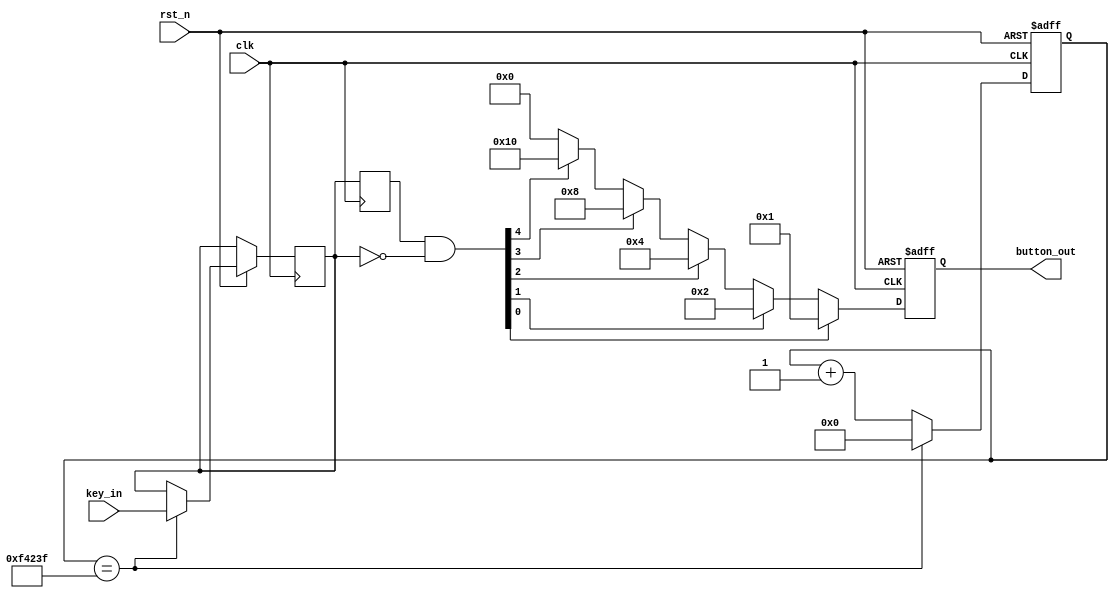
`timescale 1ns / 1ps
//////////////////////////////////////////////////////////////////////////////////
// Company: 
// Engineer: 
// 
// Design Name: 
// Module Name: debouncer
// Project Name: 
// Target Devices: 
// Tool Versions: 
// Description: 
// 
// Dependencies: 
// 
// Revision:
// Revision 0.01 - File Created
// Additional Comments:
// 
//////////////////////////////////////////////////////////////////////////////////

// 1.
module key_debounce(  
	input clk,
	input rst_n,
	input [4:0] key_in,
	output [4:0] button_out
	);

	reg [19:0] count;
	reg [4:0] key_scan;
	always@(posedge clk or negedge rst_n)
	begin
		if(~rst_n)
			count <=20'd0;
		else//20ms?
	        begin
	            if(count == 20'd999_999)
	                begin
	                    count <= 20'd0;
	                    key_scan <= key_in;
	                end 
	            else 
	                count <= count + 20'd1;
	        end
	end
	reg[4:0]key_scan_r;
	always@(posedge clk)
		key_scan_r <= key_scan;
		
	wire [4:0]flag_key = key_scan_r[4:0]&(~key_scan[4:0]);
	reg [4:0]temp_led;
	always @ (posedge clk or negedge rst_n) //?
		begin
			if (!rst_n) 
				temp_led <= 5'b00000;
			else
				begin
					if ( flag_key[0] ) temp_led=5'b00001; 
					else if ( flag_key[1] ) temp_led=5'b00010; 
					else if ( flag_key[2] ) temp_led=5'b00100; 
					else if ( flag_key[3] ) temp_led=5'b01000; 
					else if ( flag_key[4] ) temp_led=5'b10000; 
					else temp_led=5'b00000; 
				end
		end
	assign button_out[0] = temp_led[0];
	assign button_out[1] = temp_led[1];
	assign button_out[2] = temp_led[2];
	assign button_out[3] = temp_led[3];
	assign button_out[4] = temp_led[4];
endmodule

// 2.??
module switch_debounce(     
    input CLK,
    input RSTn,
    input [15:0] sw_in,
    output reg [15:0] sw_out=0
    );
    reg [1:0]next_state;
    reg [15:0]sw_temp;//sw_tempbit?1615??0
    reg time_20ms;//?1bit
    reg is_count;
    reg [28:0] count;
    always @ ( posedge CLK or negedge RSTn )
	    if( !RSTn )
		    begin
			    sw_temp <= 16'b0000000000000000;
			    next_state <= 2'd0;
			    is_count     <= 1'b0;
			    sw_out <= 16'b0000000000000000;
		    end
	    else
		    begin
			    case(next_state) 
				    2'b00:
					    if(sw_in!=16'b0000000000000000)//?
						    begin
							    next_state<= 2'd1;
							    is_count<= 1'b1;//??
							    sw_temp<= sw_in;
						    end
						else
						    begin
							    next_state<= 2'd0;
							    sw_temp<= 16'b0000000000000000;
							    is_count<= 1'b0;
						    end
				    2'b01:
					    if(time_20ms==1'b1 )//?20ms
					    	begin
							    is_count<= 1'b0;//
							    next_state<= 2'd2;
					    	end
					    else
					    	begin
					    		sw_temp<= sw_in;
					    		if(sw_in!=sw_temp)
					    			begin
					    				is_count<=1'b0;
					    				next_state<= 2'd0;
					    			end
					    		else
								    begin
									    next_state<= 2'd1;
									    is_count<= 1'b1;//??
								    end
					    	end
				    2'b10:
					    if(sw_in!=sw_temp || sw_in==16'b0000000000000000)//
						    begin
							    sw_out<= sw_temp;    
							    next_state<= 2'd3;
						    end
					    else
						    begin 
							    sw_out<= 16'b0000000000000000;
							    next_state<= 2'd2;
						    end
				    2'b11:
				    	begin
						    next_state<= 2'd0;
						    sw_out<= 16'b0000000000000000;
				    	end
				    default:
				    	next_state<= 2'd0;
			    endcase

			 end
	always @ ( posedge CLK or negedge RSTn )
		if(!RSTn)
		    begin
			    time_20ms<=1'b0;
			    count<=28'd0;
		    end
		else if(is_count==1'b1)
		    if(count==28'd100000)
			    begin
				    time_20ms<=1'b1;
				    count<=28'd0;
			    end
		    else
			    begin
				    time_20ms<=1'b0;
				    count<=count+1'd1;//
			    end
		else
		    begin
			    time_20ms<=1'b0;
			    count<=28'd0;
	    	end
endmodule